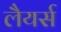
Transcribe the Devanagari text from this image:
लैयर्स